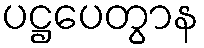
ပဋ္ဌပေတွာန